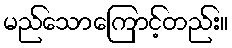
မည်သောကြောင့်တည်း။